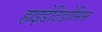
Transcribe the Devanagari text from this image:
हाइडेटिडोसिस